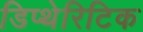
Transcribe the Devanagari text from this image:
डिप्थेरिटिक